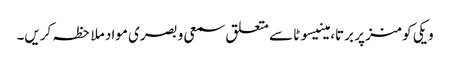
ویکی کومنز پر برتا، مینیسوٹا سے متعلق سمعی و بصری مواد ملاحظہ کریں۔